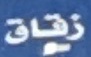
زقاق